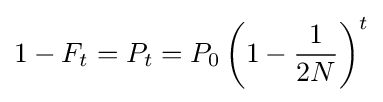
1-F_{t}=P_{t}=P_{0}\left(1-{\frac {1}{2N}}\right)^{t}